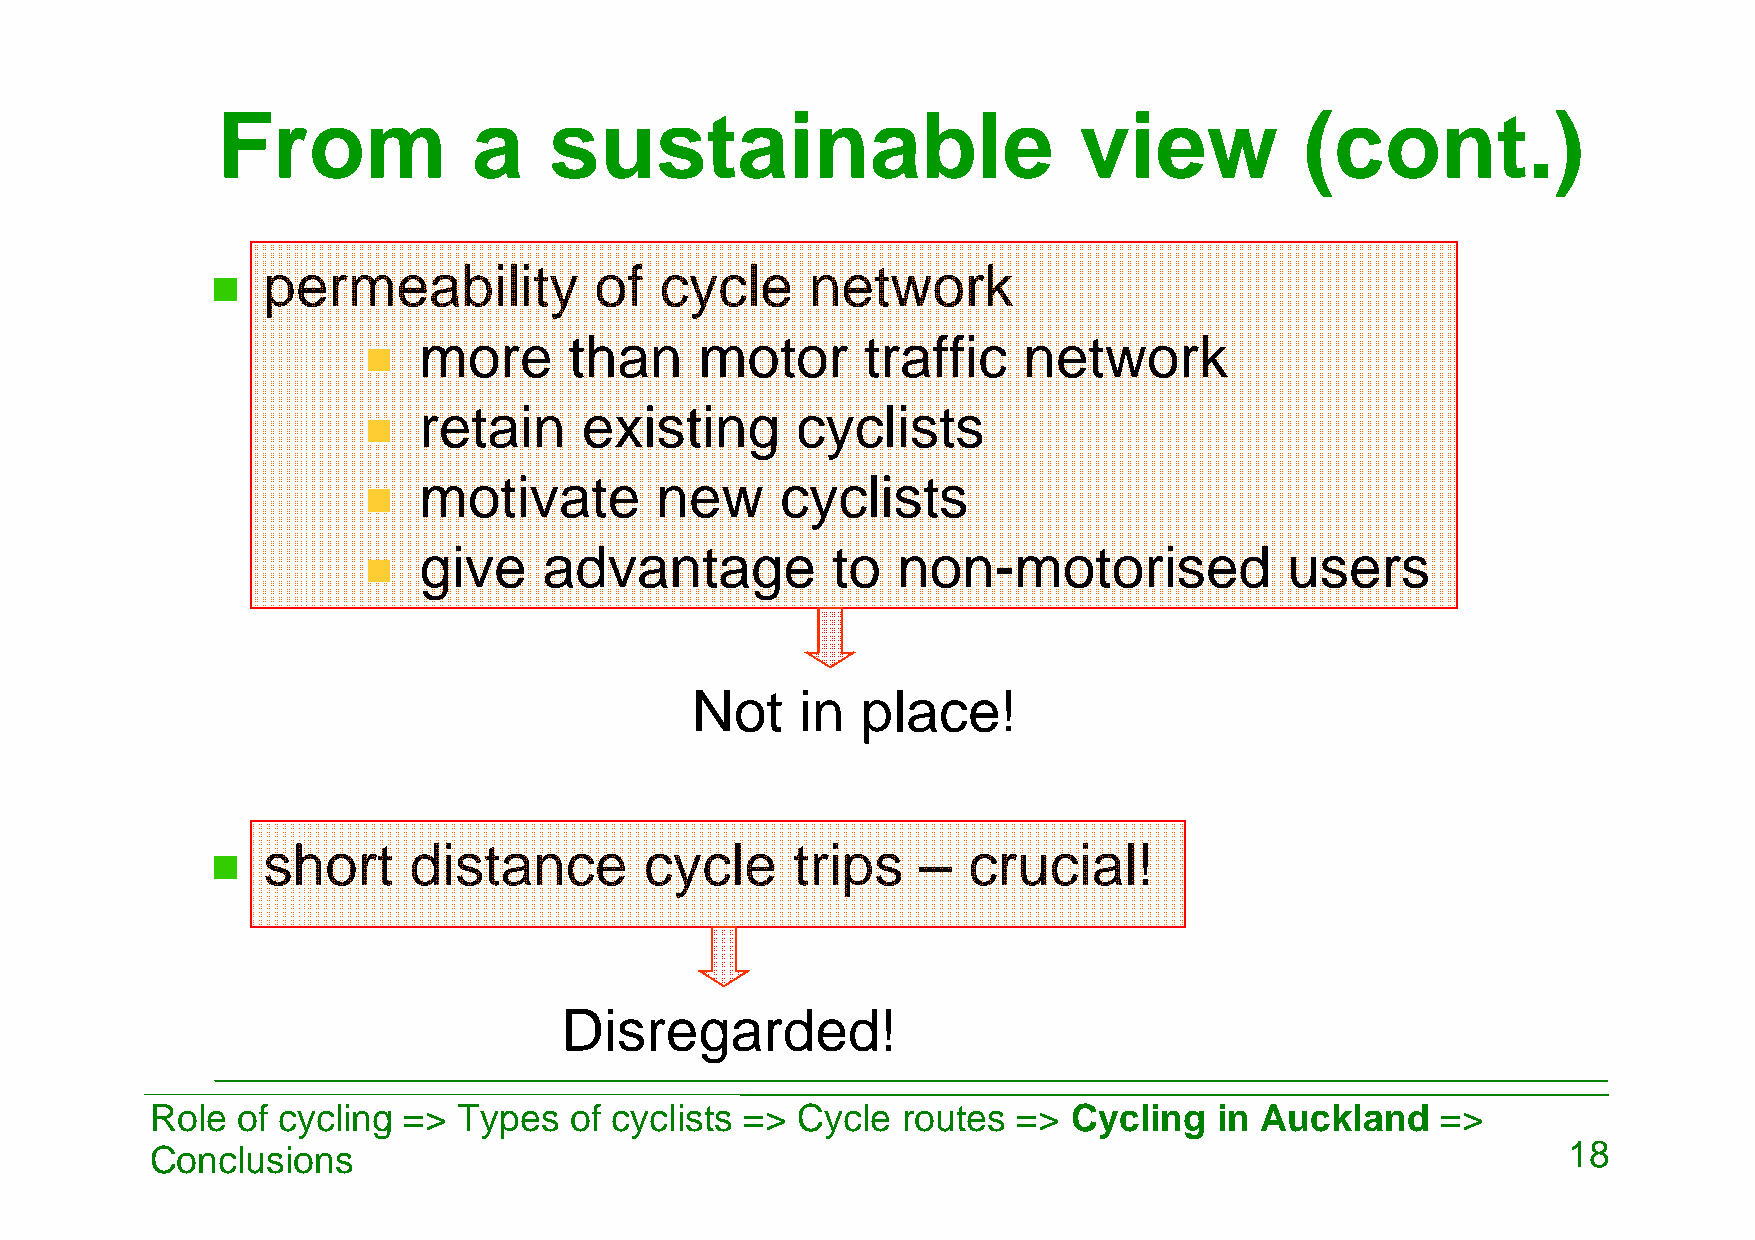
From             a    sustainable                        view           (cont.)
 permeability          of   cycle     network
 more      than    motor      traffic    network
 retain    existing       cyclists
 motivate       new      cyclists
 give    advantage          to  non-motorised             users
 Not    in  place!
 short     distance        cycle    trips    –  crucial!
 Disregarded!
 Role  of cycling => Types   of cyclists => Cycle  routes =>  Cycling   in Auckland   =>
 Conclusions                                                                                   18